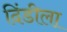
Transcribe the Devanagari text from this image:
दिंडीला